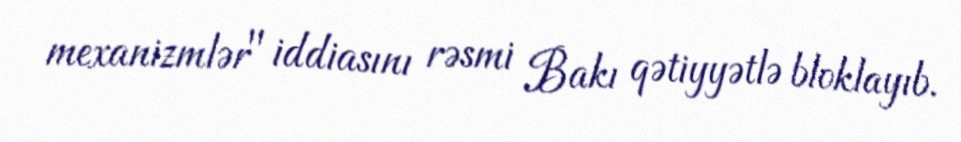
mexanizmlər" iddiasını rəsmi Bakı qətiyyətlə bloklayıb.